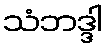
သံဘဒ္ဒါ